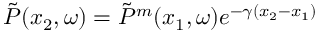
\Tilde { P } ( x _ { 2 } , \omega ) = \Tilde { P } ^ { m } ( x _ { 1 } , \omega ) e ^ { - \gamma ( x _ { 2 } - x _ { 1 } ) }